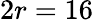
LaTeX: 2r=16